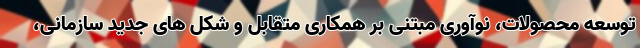
توسعه محصولات، نوآوری مبتنی بر همکاری متقابل و شکل های جدید سازمانی،